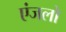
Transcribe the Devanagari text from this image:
एंजलो